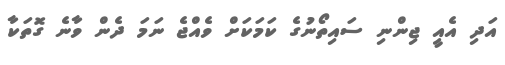
އަދި އެއީ ޖިންނި ސައިތޯނުގެ ކަމަކަށް ވެއްޖެ ނަމަ ދެން ވާނެ ގޮތަކާ